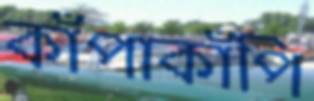
কাঁপাকাঁপি